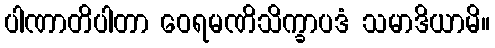
ပါဏာတိပါတာ ဝေရမဏိသိက္ခာပဒံ သမာဒိယာမိ။